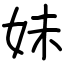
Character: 妹